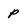
Character: p